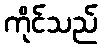
ကိုင်သည်